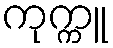
ကုက္ကူ